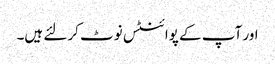
اور آپ کے پوائنٹس نوٹ کرلئے ہیں۔